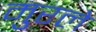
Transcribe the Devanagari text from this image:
मुरले